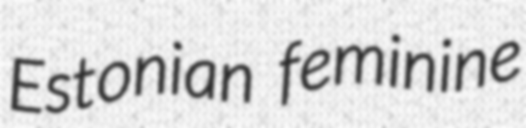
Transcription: Estonian feminine